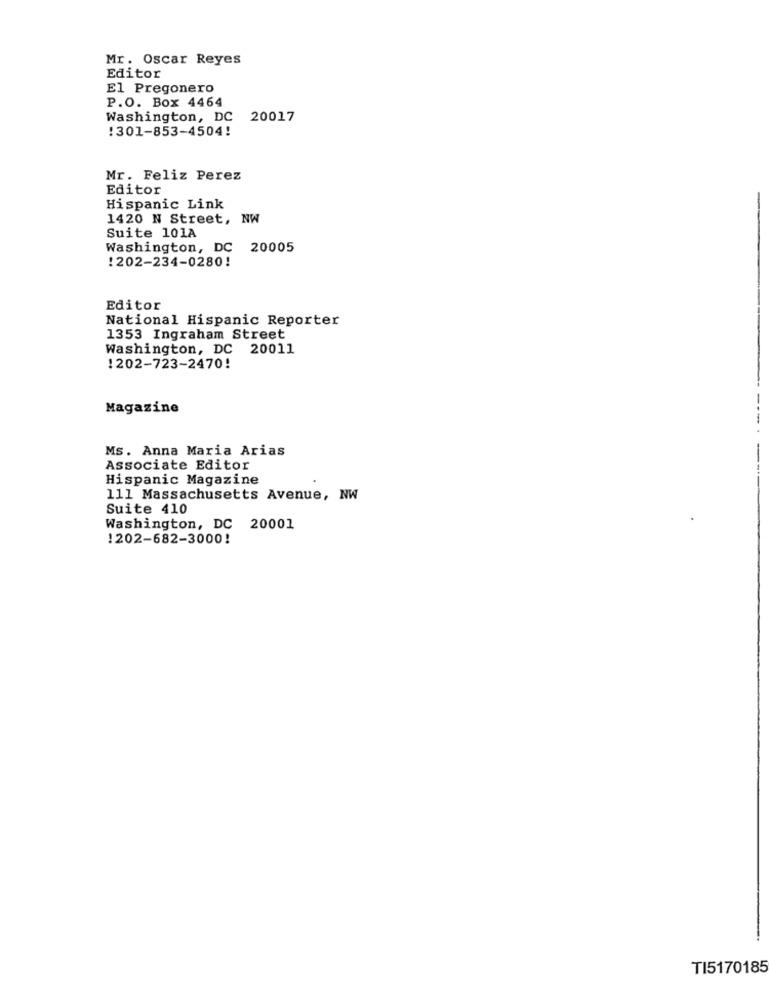
Mr. Oscar Reyes
Editor
El Pregonero
P.O. Box 4464
Washington, DC 20017
:301-853-4504!
Mr. Feliz Perez
Editor
Hispanic Link
1420 N Street, NW
Suite 101A
Washington, DC 20005
!202-234-0280!
Editor
National Hispanic Reporter
1353 Ingraham Street
Washington, DC 20011
! 202-723-2470!
Magazine
Ms. Anna Maria Arias
Associate Editor
Hispanic Magazine
111 Massachusetts Avenue, NW
Suite 410
Washington, DC 20001
1202-682-3000!
TI5170185